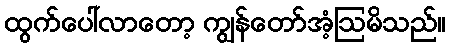
ထွက်ပေါ်လာတော့ ကျွန်တော်အံ့ဩမိသည်။